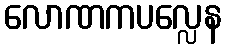
လောဏကပလ္လေန